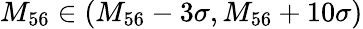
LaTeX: M_{56}\in(M_{56}-3\sigma,M_{56}+10\sigma)